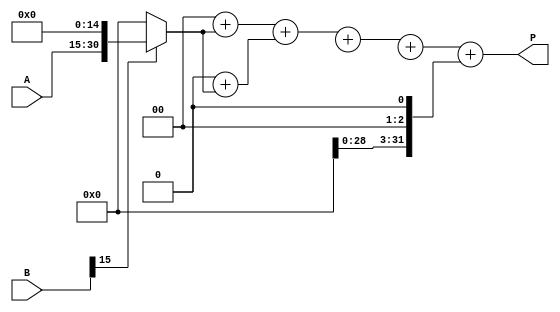
module variable_length_wallace_tree_multiplier #(parameter MAX_WIDTH = 16) (
    input [MAX_WIDTH-1:0] A, // Multiplicand
    input [MAX_WIDTH-1:0] B, // Multiplier
    output reg [2*MAX_WIDTH-1:0] P // Product
);

    // Internal signals
    reg [2*MAX_WIDTH-1:0] partial_products[MAX_WIDTH-1:0];
    reg [2*MAX_WIDTH-1:0] sum_stage1[MAX_WIDTH-1:0];
    reg [2*MAX_WIDTH-1:0] sum_stage2[MAX_WIDTH-1:0];
    reg [2*MAX_WIDTH-1:0] final_sum;

    integer i, j;

    // Generate partial products
    always @(*) begin
        for (i = 0; i < MAX_WIDTH; i = i + 1) begin
            partial_products[i] = (B[i] ? (A << i) : 0);
        end
    end

    // Wallace tree reduction
    always @(*) begin
        // Stage 1: Reduce partial products
        for (i = 0; i < MAX_WIDTH; i = i + 3) begin
            if (i + 2 < MAX_WIDTH) begin
                {sum_stage1[i/3], sum_stage1[i/3 + 1]} = partial_products[i] + partial_products[i + 1] + partial_products[i + 2];
            end else if (i + 1 < MAX_WIDTH) begin
                {sum_stage1[i/3], sum_stage1[i/3 + 1]} = partial_products[i] + partial_products[i + 1];
            end else begin
                sum_stage1[i/3] = partial_products[i];
            end
        end
    end

    // Stage 2: Further reduction
    always @(*) begin
        for (i = 0; i < (MAX_WIDTH + 2) / 3; i = i + 1) begin
            if (i + 2 < (MAX_WIDTH + 2) / 3) begin
                {sum_stage2[i/3], sum_stage2[i/3 + 1]} = sum_stage1[i] + sum_stage1[i + 1] + sum_stage1[i + 2];
            end else if (i + 1 < (MAX_WIDTH + 2) / 3) begin
                {sum_stage2[i/3], sum_stage2[i/3 + 1]} = sum_stage1[i] + sum_stage1[i + 1];
            end else begin
                sum_stage2[i/3] = sum_stage1[i];
            end
        end
    end

    // Final addition
    always @(*) begin
        final_sum = 0;
        for (j = 0; j < (MAX_WIDTH + 2) / 3; j = j + 1) begin
            final_sum = final_sum + sum_stage2[j];
        end
        P = final_sum;
    end

endmodule